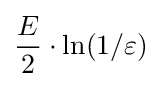
{\frac {E}{2}}\cdot \ln(1/\varepsilon )